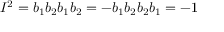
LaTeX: I ^ { 2 } = b _ { 1 } b _ { 2 } b _ { 1 } b _ { 2 } = - b _ { 1 } b _ { 2 } b _ { 2 } b _ { 1 } = - 1